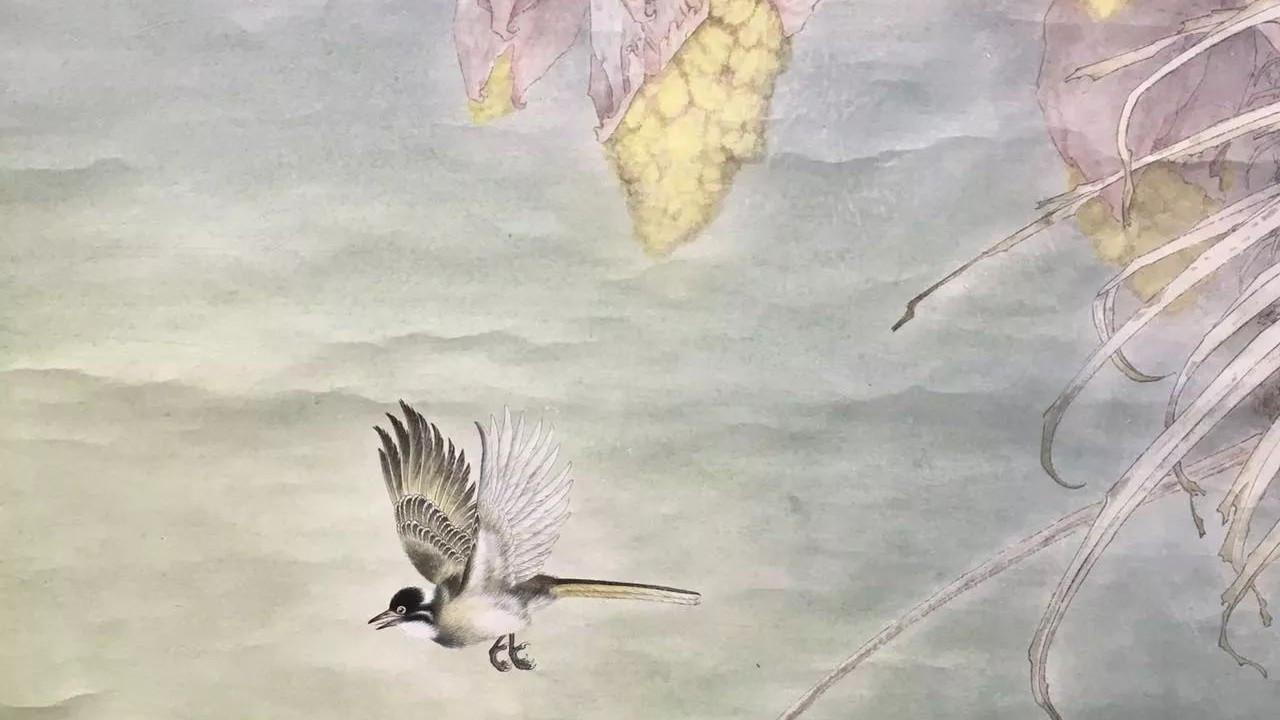
春路雨添花，花动一山春色。